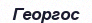
Георгос